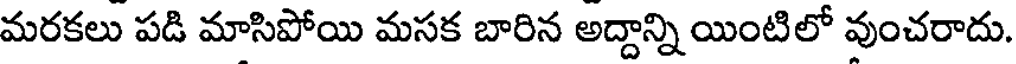
మరకలు పడి మాసిపోయి మసక బారిన అద్దాన్ని యింటిలో వుంచరాదు.